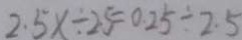
2 . 5 x \div 2 5 = 0 . 2 5 \div 2 . 5